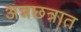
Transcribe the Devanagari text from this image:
अन्नछत्रात